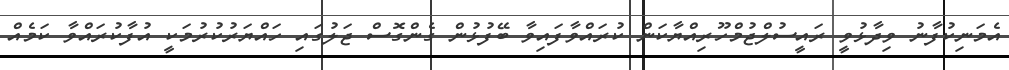
އެމަނިކުފާނު ވިދާޅުވީ ރައީސުލްޖުމްހޫރިއްޔާކަން ކުރައްވާފައިވާ ބޭފުޅުން ގެންގޮސް ޖަލުގައި ހައްޔަރުކުރުމަކީ އުފާކުރައްވާ ކަމެއް